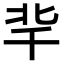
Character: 𠦞